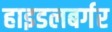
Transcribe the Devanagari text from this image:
हाइडलबर्गर